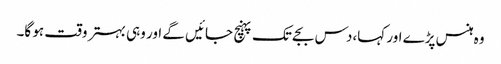
وہ ہنس پڑے اور کہا،دس بجے تک پہنچ جائیں گے اور وہی بہتر وقت ہو گا۔